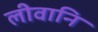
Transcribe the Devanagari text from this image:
लीवानि